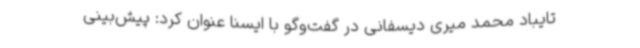
تایباد محمد میری دیسفانی در گفت‌وگو با ایسنا عنوان کرد: پیش‌بینی